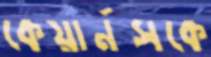
কেয়ার্নসকে